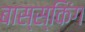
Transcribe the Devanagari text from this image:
बास्स्किंग